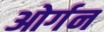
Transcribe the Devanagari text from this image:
ओर्गन